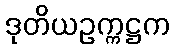
ဒုတိယဥက္ကဋ္ဌက